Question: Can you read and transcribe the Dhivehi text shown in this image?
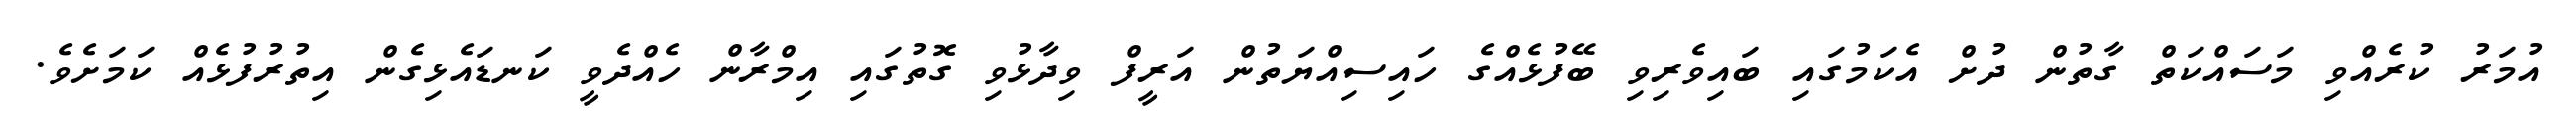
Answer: އުމަރު ކުރެއްވި މަސައްކަތް ގާތުން ދުށް އެކަމުގައި ބައިވެރިވި ބޭފުޅެއްގެ ހައިސިއްޔަތުން އަރީފް ވިދާޅުވި ގޮތުގައި އިމްރާން ހެއްދެވީ ކަނޑައެޅިގެން އިތުރުފުޅެއް ކަމަށެވެ.